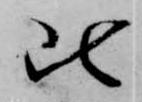
比